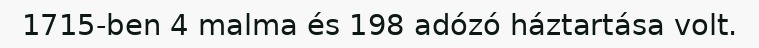
1715-ben 4 malma és 198 adózó háztartása volt.